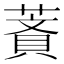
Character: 𦹺